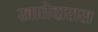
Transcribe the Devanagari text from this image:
खातेदारास